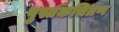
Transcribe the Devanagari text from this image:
पुस्तकचित्रण